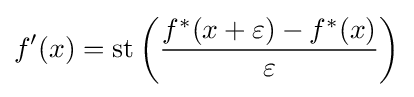
f'(x)=\mathrm {st} \left({\frac {f^{*}(x+\varepsilon )-f^{*}(x)}{\varepsilon }}\right)